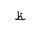
Letter: _za